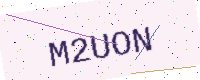
Text: M2UON